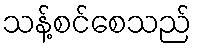
သန့်စင်စေသည်